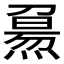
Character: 𤎘